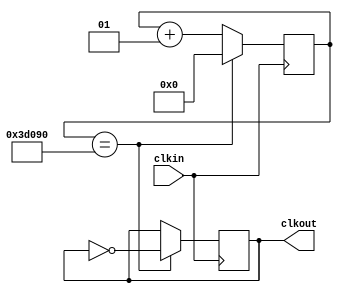
module fdiv (clkin,clkout);
input clkin;
output reg clkout;

integer cont;

initial
   cont=0;
  
always @(posedge clkin)
  begin
	if (cont==250000)
		begin
			cont<=0;
			clkout<=~clkout;
		end
		else
		begin
			cont<=cont+1;
			clkout<=clkout;
		end
   end
endmodule